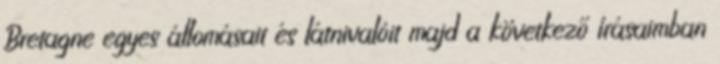
Bretagne egyes állomásait és látnivalóit majd a következő írásaimban